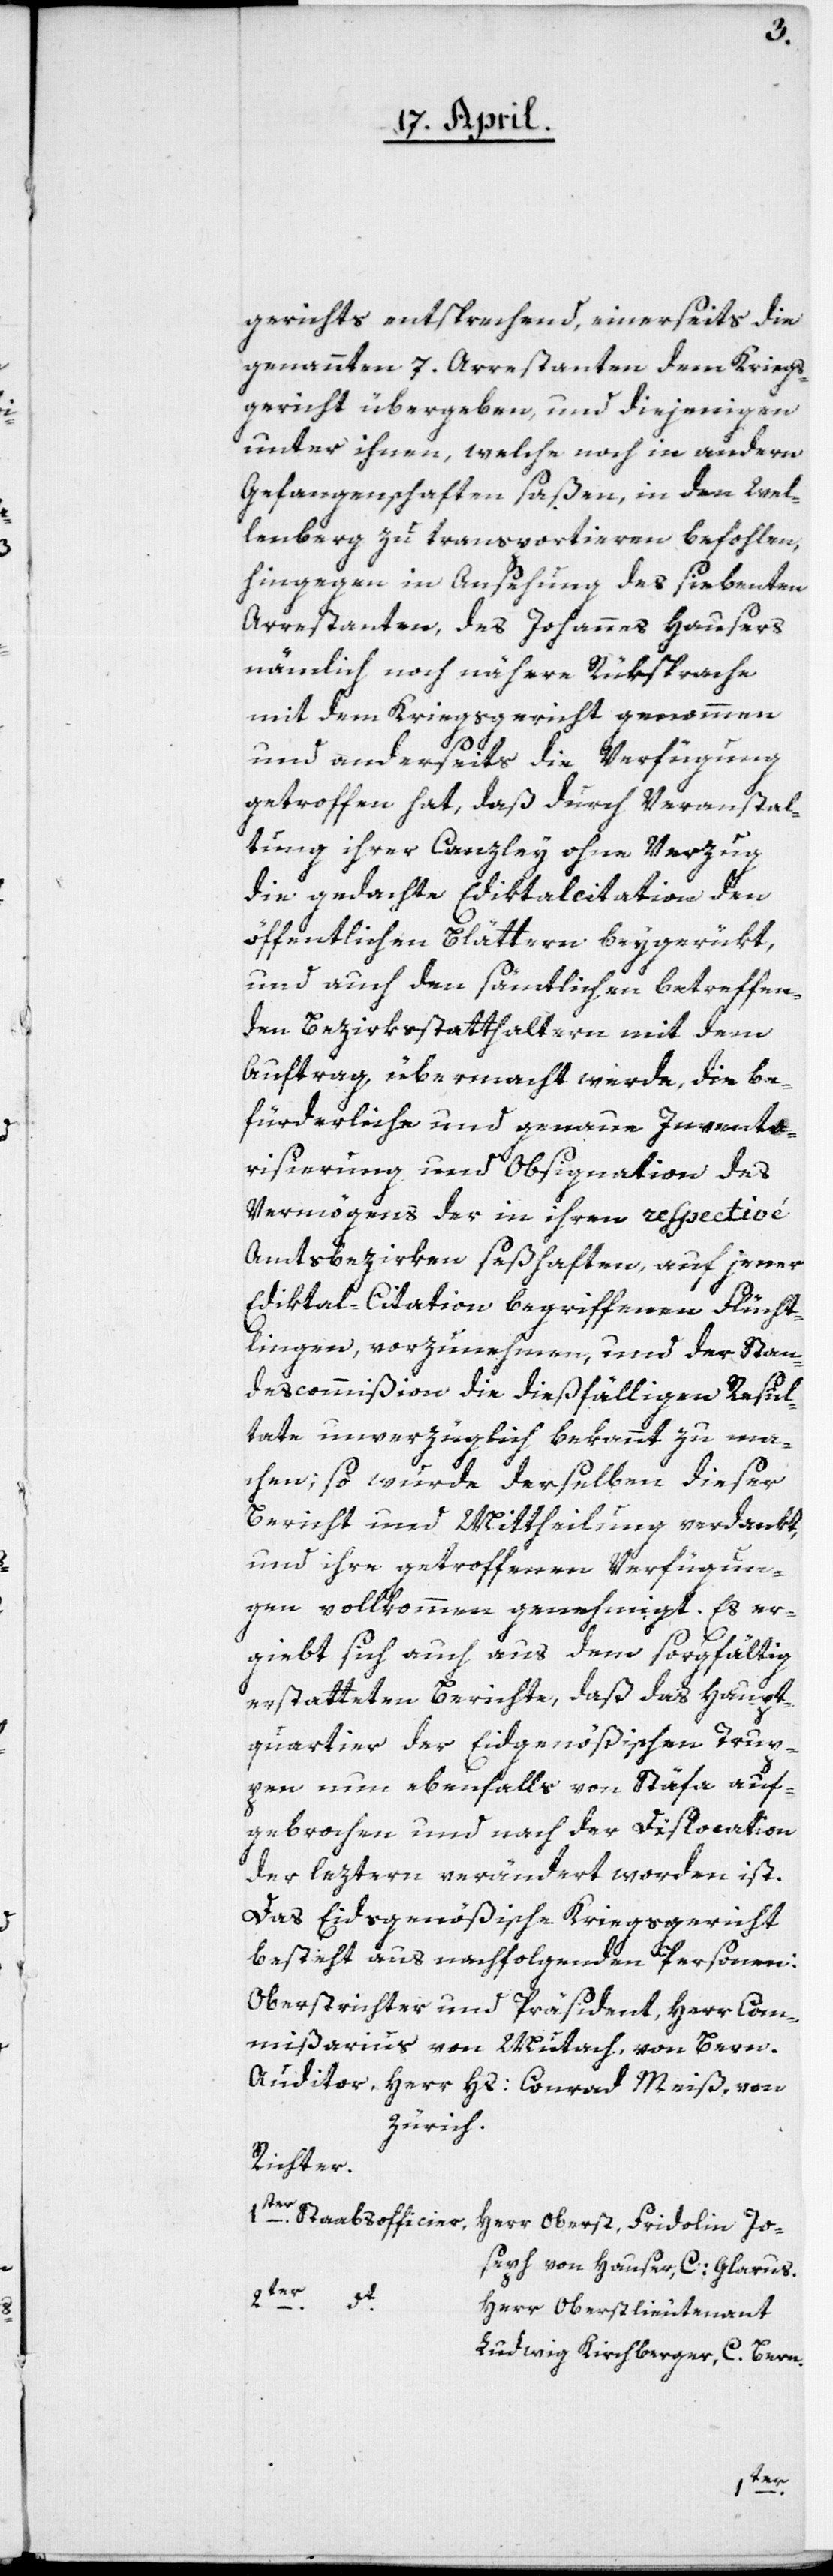
gerichts entsprechend, einerseits die
genannten 7. Arrestanten dem Kriegs¬
gericht übergeben, und diejenigen
unter ihnen, welche noch in andern
Gefangenschaften saßen, in den Wel¬
lenberg zu transportieren befohlen,
hingegen in Ansehung des siebenten
Arrestanten, des Johannes Hausers
nämlich, noch nähere Rüksprache
mit dem Kriegsgericht genommen
und anderseits die Verfügung
getroffen hat, daß durch Veranstal¬
tung ihrer Canzley ohne Verzug
die gedachte Ediktalcitation den
öffentlichen Blättern beygerükt,
und auch den sämtlichen betreffen¬
den Bezirkstatthaltern mit dem
Auftrag übermacht werde, die be¬
fürderliche und genaue Inventa¬
risierung und Obsignation des
Vermögens der in ihren repectivé
Amtsbezirken seßhaften, auf jener
Ediktal-Citation begriffenen Flücht¬
lingen, vorzunehmen, und der Stan¬
descommißion die dießfälligen Resul¬
tate unverzüglich bekannt zu ma¬
chen, so wurde derselben dieser
Bericht und Mittheilung verdankt,
und ihre getroffenen Verfügun¬
gen vollkommen genehmigt. Es er¬
giebt sich auch aus dem sorgfältig
erstatteten Berichte, daß das Haupt¬
quartier der Eidgenößischen Trup¬
pen nun ebenfalls von Stäfa auf¬
gebrochen und nach der Dislocation
der leztern verändert worden ist.
Das Eidsgenößische Kriegsgericht
besteht aus nachfolgenden Personen:
Oberstrichter und Präsident, Herr Co¬
mmißarius von Mutach, von Bern.
Auditor Herr Hs: Conrad Meiß, von
Zürich.
Richter:
1ster Stabsofficier, Herr Oberst Fridolin Jo¬
seph von Hauser, C: Glarus.
Herr Oberstlieutenant
Ludwig Kirchberger, C. Bern.